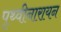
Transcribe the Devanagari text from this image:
पृथ्वीनारायन